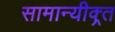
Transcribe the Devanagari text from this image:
सामान्यीक्र्त